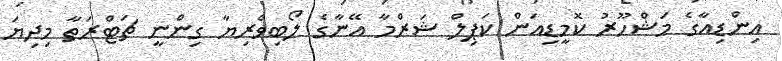
އިންޑިއާގެ މަޝްހޫރު ކޮމީޑިއަން ކަޕިލް ޝަރްމާ އޭނާގެ ލޯބިވެރިޔާ ގިންނީ ޗަޓްރަތާ މިދިޔަ